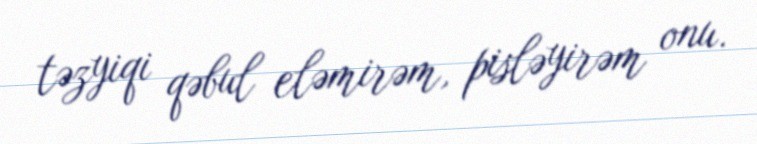
təzyiqi qəbul eləmirəm, pisləyirəm onu.